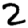
Digit: 2